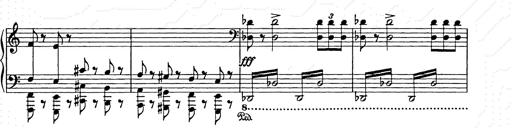
Title: Weihnachtsbaum
Composer: Franz Liszt